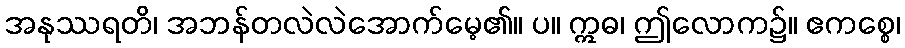
အနုဿရတိ၊ အဘန်တလဲလဲအောက်မေ့၏။ ပ။ ဣဓ၊ ဤလောက၌။ ဧကစ္စေ၊